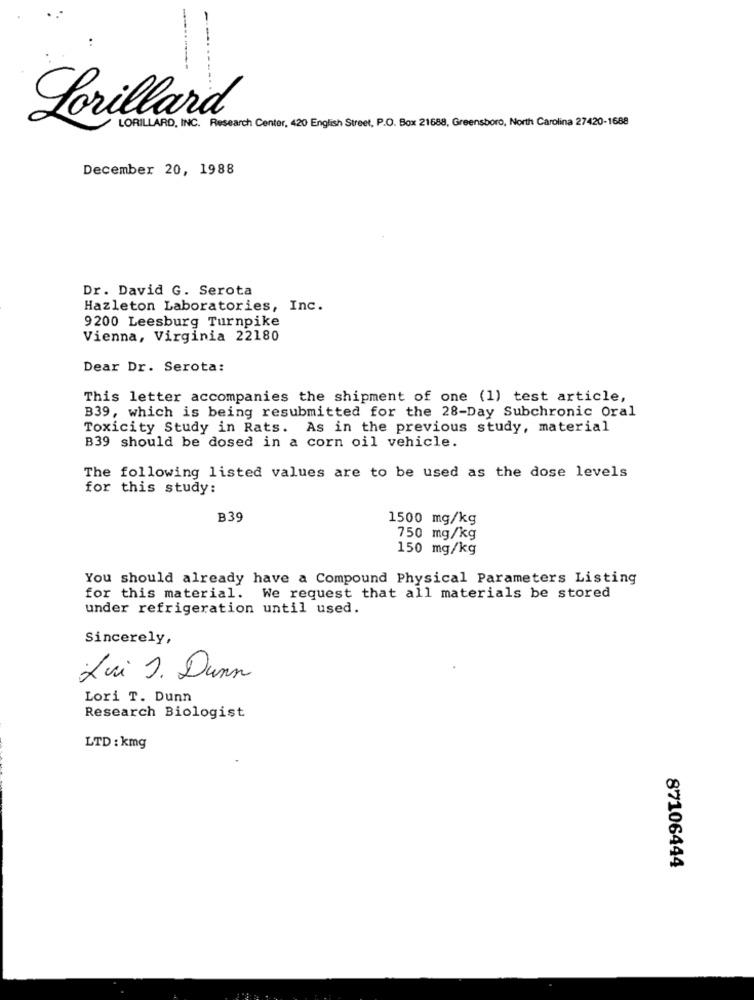
Lorillard
LORILLARD, INC. Research Center, 420 English Street, P.O. Box 21688, Greensboro, North Carolina 27420-1688
December 20, 1988
Dr. David G. Serota
Hazleton Laboratories, Inc.
9200 Leesburg Turnpike
Vienna, Virginia 22180
Dear Dr. Serota:
This letter accompanies the shipment of one (1) test article,
B39, which is being resubmitted for the 28-Day Subchronic Oral
Toxicity Study in Rats. As in the previous study, material
B39 should be dosed in a corn oil vehicle.
The following listed values are to be used as the dose levels
for this study:
B39
1500 mg/kg
750 mg/kg
150 mg/kg
You should already have a Compound Physical Parameters Listing
for this material. We request that all materials be stored
under refrigeration until used.
Sincerely,
Lui J. Dunn
Lori T. Dunn
Research Biologist
LTD : kmg
87106444